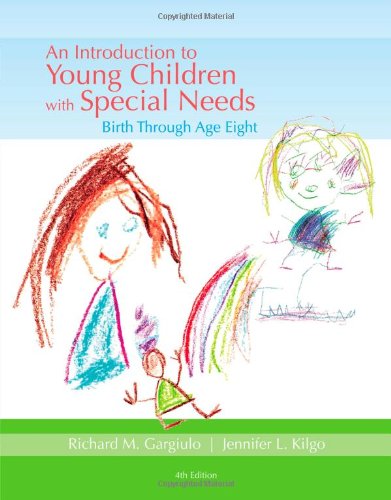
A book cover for An Introduction to Young Children with Special Needs: Birth Through Age Eight; Richard Gargiulo; Parenting & Relationships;